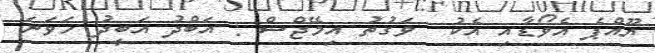
ޔޫއްޕެ އެވޯޑާއި އެކު  ވަގުތު އިމޭޖްސް : އަބްދު އަބީދު ހަވަނަ